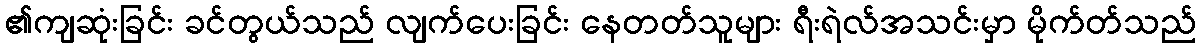
၏ကျဆုံးခြင်း ခင်တွယ်သည် လျက်ပေးခြင်း နေတတ်သူများ ရီးရဲလ်အသင်းမှာ မိုက်တ်သည်